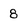
Character: 8